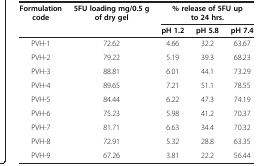
<table><thead><tr><td rowspan="2"><b>Formulation code</b></td><td rowspan="2"><b>5FU loading mg/0.5 g of dry gel</b></td><td colspan="3"><b>% release of 5FU up to 24 hrs.</b></td></tr><tr><td><b>pH 1.2</b></td><td><b>pH 5.8</b></td><td><b>pH 7.4</b></td></tr></thead><tbody><tr><td>PVH-1</td><td>72.62</td><td>4.66</td><td>32.2</td><td>63.67</td></tr><tr><td>PVH-2</td><td>79.22</td><td>5.19</td><td>39.3</td><td>68.23</td></tr><tr><td>PVH-3</td><td>88.81</td><td>6.01</td><td>44.1</td><td>73.29</td></tr><tr><td>PVH-4</td><td>89.65</td><td>7.21</td><td>51.1</td><td>78.55</td></tr><tr><td>PVH-5</td><td>84.44</td><td>6.22</td><td>47.3</td><td>74.19</td></tr><tr><td>PVH-6</td><td>75.23</td><td>5.98</td><td>41.2</td><td>70.37</td></tr><tr><td>PVH-7</td><td>81.71</td><td>6.63</td><td>34.4</td><td>70.32</td></tr><tr><td>PVH-8</td><td>72.91</td><td>5.32</td><td>28.8</td><td>63.35</td></tr><tr><td>PVH-9</td><td>67.26</td><td>3.81</td><td>22.2</td><td>56.44</td></tr></tbody></table>